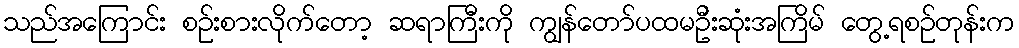
သည်အကြောင်း စဉ်းစားလိုက်တော့ ဆရာကြီးကို ကျွန်တော်ပထမဦးဆုံးအကြိမ် တွေ့ရစဉ်တုန်းက